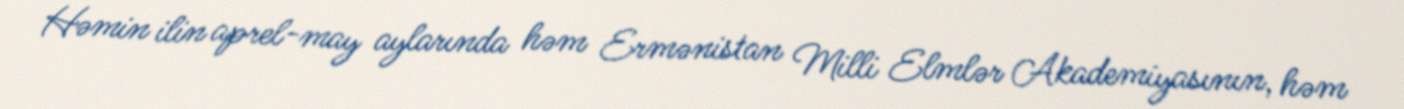
Həmin ilin aprel-may aylarında həm Ermənistan Milli Elmlər Akademiyasının, həm